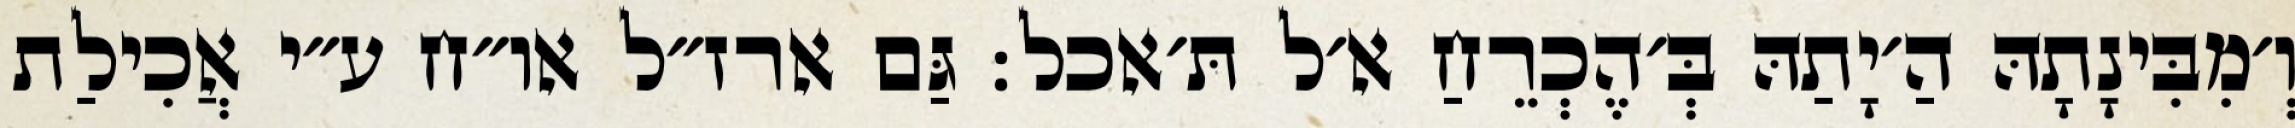
וְ׳מִבִּינָתָהּ הַ׳יָתַהּ בְּ׳הֶכְרֵחַ א׳ל תּ׳אכל: גַּם ארז״ל או״ח ע״י אֲכִילַת